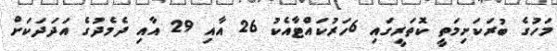
މަހުގެ ބުރަކަށިމަތީ ކޮތަރީގައި 6ހަރުކައްޓާއެކު 26 އާއި 29 އާއި ދެމެދުގެ އަދަދަކަށް